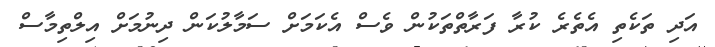
އަދި ތަކެތި އެތެރެ ކުރާ ފަރާތްތަކުން ވެސް އެކަމަށް ސަމާލުކަން ދިނުމަށް އިލްތިމާސް